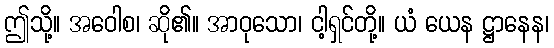
ဤသို့။ အဝေါစ၊ ဆို၏။ အာဝုသော၊ ငါ့ရှင်တို့။ ယံ ယေန ဋ္ဌာနေန၊